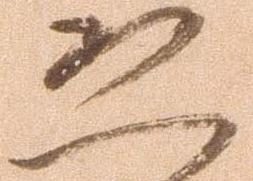
恐